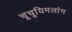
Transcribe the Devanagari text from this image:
चूचूयिमलांग